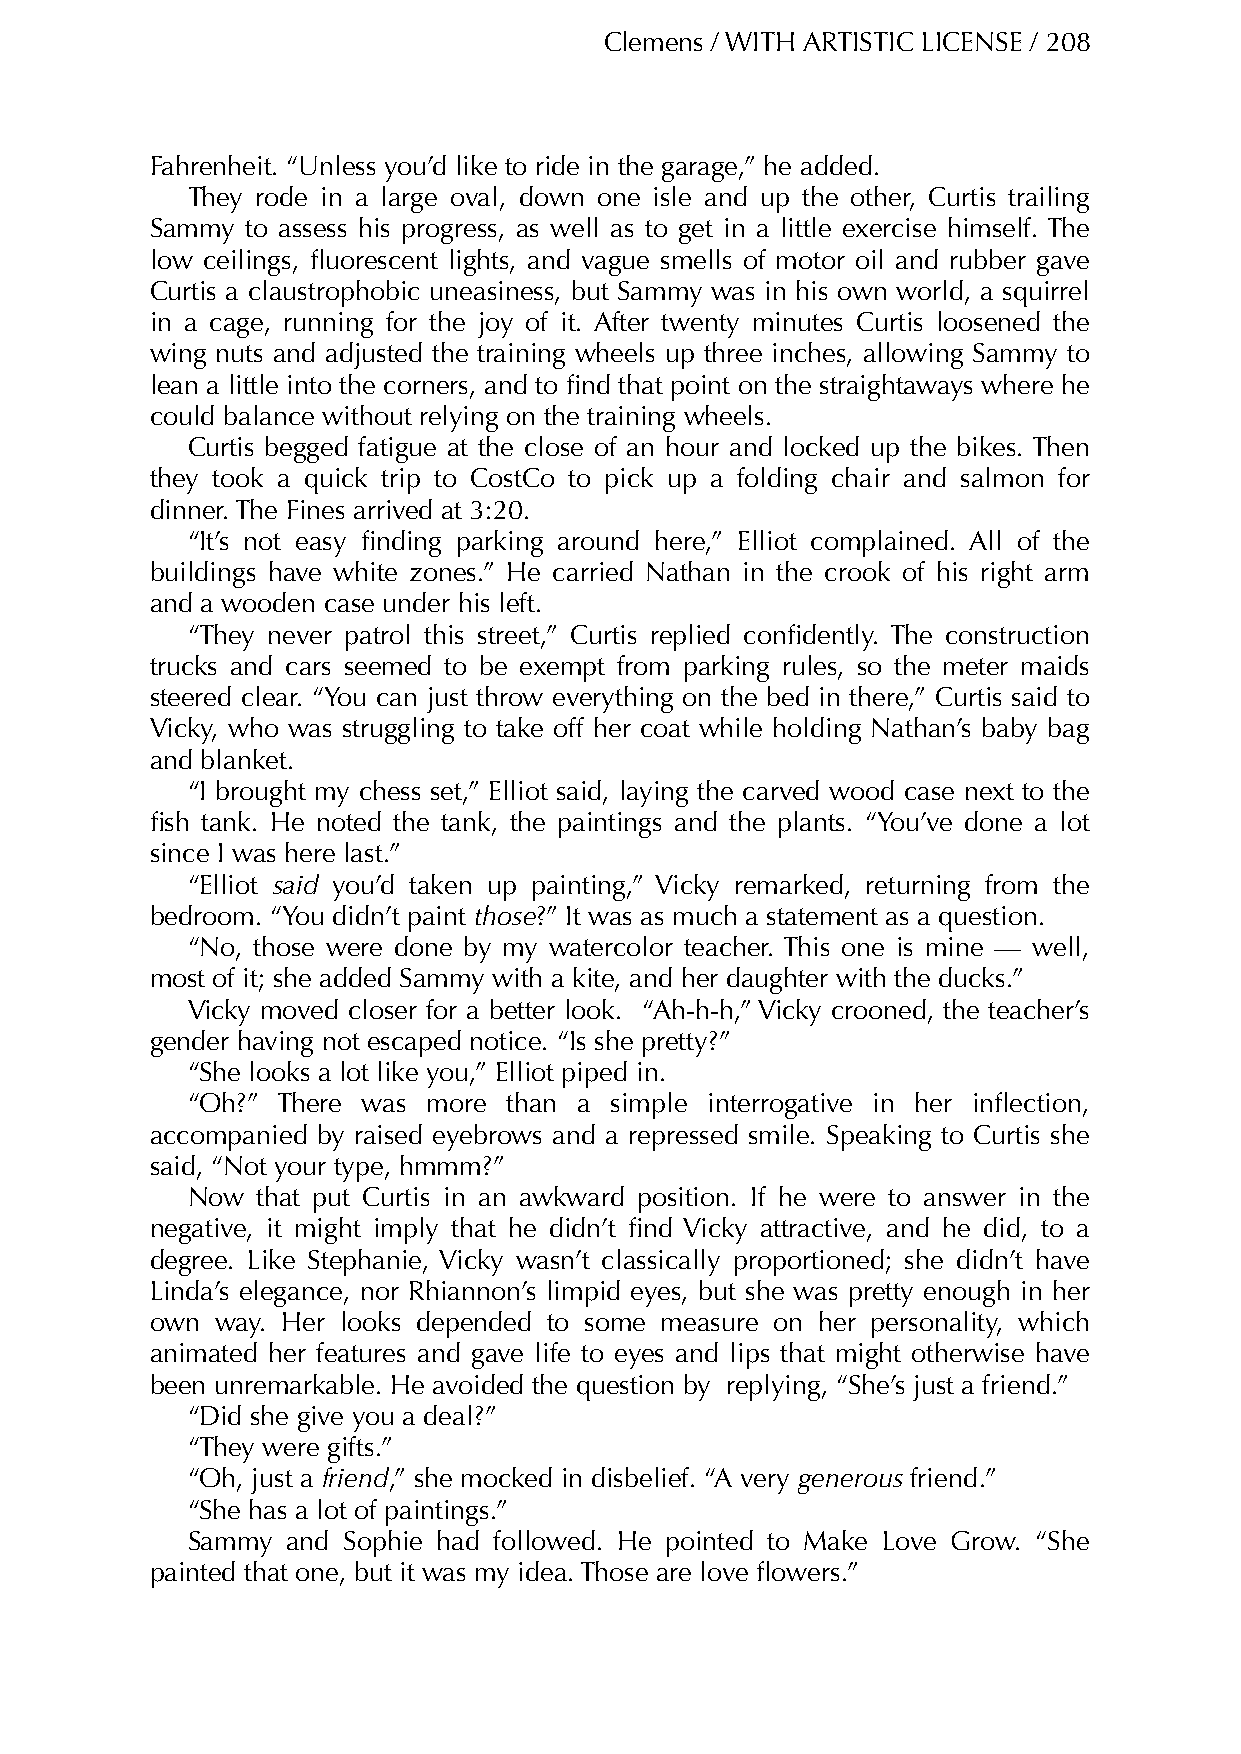
Clemens / WITH ARTISTIC LICENSE / 208
 Fahrenheit. “Unless you’d like to ride in the garage,” he added.
 They rode in a large oval, down one isle and up the other, Curtis trailing
 Sammy to assess his progress, as well as to get in a little exercise himself. The
 low ceilings, fluorescent lights, and vague smells of motor oil and rubber gave
 Curtis a claustrophobic uneasiness, but Sammy was in his own world, a squirrel
 in a cage, running for the joy of it. After twenty minutes Curtis loosened the
 wing nuts and adjusted the training wheels up three inches, allowing Sammy to
 lean a little into the corners, and to find that point on the straightaways where he
 could balance without relying on the training wheels.
 Curtis begged fatigue at the close of an hour and locked up the bikes. Then
 they took a quick trip to CostCo to pick up a folding chair and salmon for
 dinner. The Fines arrived at 3:20.
 “It’s not easy finding parking around here,” Elliot complained. All of the
 buildings have white zones.” He carried Nathan in the crook of his right arm
 and a wooden case under his left.
 “They never patrol this street,” Curtis replied confidently. The construction
 trucks and cars seemed to be exempt from parking rules, so the meter maids
 steered clear. “You can just throw everything on the bed in there,” Curtis said to
 Vicky, who was struggling to take off her coat while holding Nathan’s baby bag
 and blanket.
 “I brought my chess set,” Elliot said, laying the carved wood case next to the
 fish tank. He noted the tank, the paintings and the plants. “You’ve done a lot
 since I was here last.”
 “Elliot said you’d taken up painting,” Vicky remarked, returning from the
 bedroom. “You didn’t paint those?” It was as much a statement as a question.
 “No, those were done by my watercolor teacher. This one is mine — well,
 most of it; she added Sammy with a kite, and her daughter with the ducks.”
 Vicky moved closer for a better look. “Ah-h-h,” Vicky crooned, the teacher’s
 gender having not escaped notice. “Is she pretty?”
 “She looks a lot like you,” Elliot piped in.
 “Oh?” There was more  than a simple interrogative in her inflection,
 accompanied by raised eyebrows and a repressed smile. Speaking to Curtis she
 said, “Not your type, hmmm?”
 Now  that put Curtis in an awkward position. If he were to answer in the
 negative, it might imply that he didn’t find Vicky attractive, and he did, to a
 degree. Like Stephanie, Vicky wasn’t classically proportioned; she didn’t have
 Linda’s elegance, nor Rhiannon’s limpid eyes, but she was pretty enough in her
 own way. Her looks depended to some measure on her personality, which
 animated her features and gave life to eyes and lips that might otherwise have
 been unremarkable. He avoided the question by replying, “She’s just a friend.”
 “Did she give you a deal?”
 “They were gifts.”
 “Oh, just a friend,” she mocked in disbelief. “A very generous friend.”
 “She has a lot of paintings.”
 Sammy  and Sophie had followed. He pointed to Make Love Grow. “She
 painted that one, but it was my idea. Those are love flowers.”